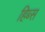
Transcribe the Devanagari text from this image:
हिब्स